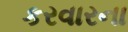
કરવારના